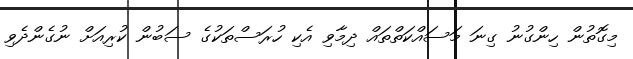
މިގޮތުން ހިންގުނު ގިނަ މަސައްކަތްތައް ދިމާވި އެކި ހުރަސްތަކުގެ ސަބުން ކުރިއަށް ނުގެންދެވި